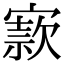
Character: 𡪡